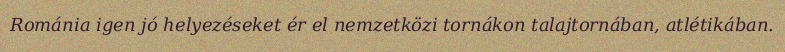
Románia igen jó helyezéseket ér el nemzetközi tornákon talajtornában, atlétikában.